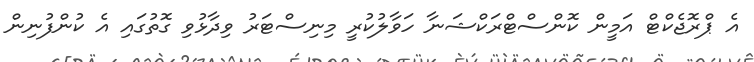
އެ ޕްރޮޖެކްޓް އަމީން ކޮންސްޓްރަކްޝަނާ ހަވާލުކުރީ މިނިސްޓަރު ވިދާޅުވި ގޮތުގައި އެ ކުންފުނިން